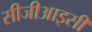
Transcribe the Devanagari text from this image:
सीजीआइसी